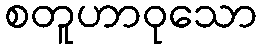
စတူဟာဝုသော